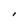
Character: I